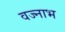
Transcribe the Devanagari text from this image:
वज्नाभ